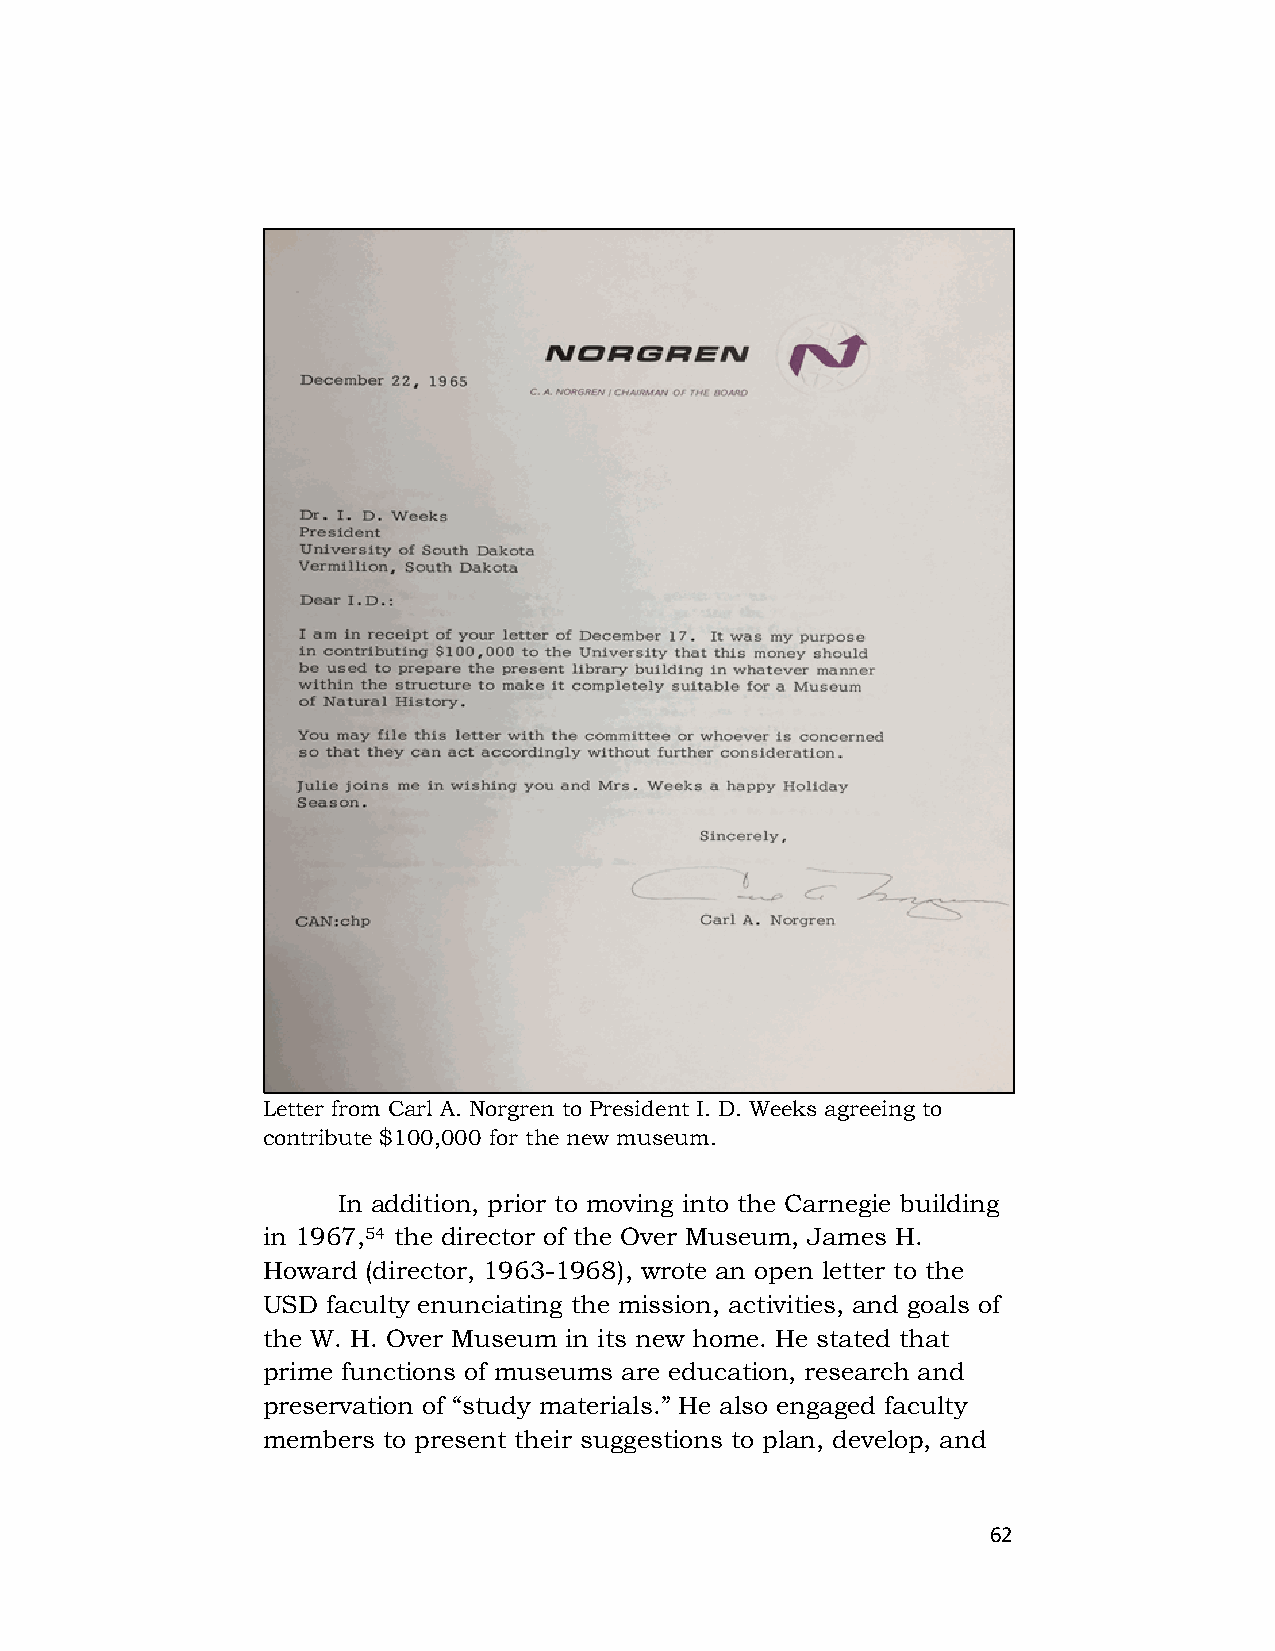
Letter from Carl A. Norgren to President I. D. Weeks agreeing to
 contribute $100,000 for the new museum.
 In addition, prior to moving into the Carnegie building
 in 1967,54 the director of the Over Museum, James H.
 Howard (director, 1963-1968), wrote an open letter to the
 USD  faculty enunciating the mission, activities, and goals of
 the W. H. Over Museum in its new home. He stated that
 prime functions of museums are education, research and
 preservation of “study materials.” He also engaged faculty
 members to present their suggestions to plan, develop, and
 62